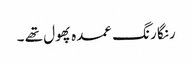
رنگا رنگ عمدہ پھول تھے ۔